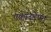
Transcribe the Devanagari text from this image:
एकाउटेंण्ट